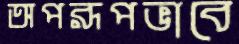
অপরূপভাবে